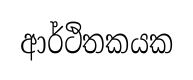
ආර්ථිතකයක